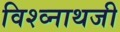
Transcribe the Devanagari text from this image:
विश्व्नाथजी